Vana-Kasaritsa_(Kasaritsa)_vallavalitsus, lk 45
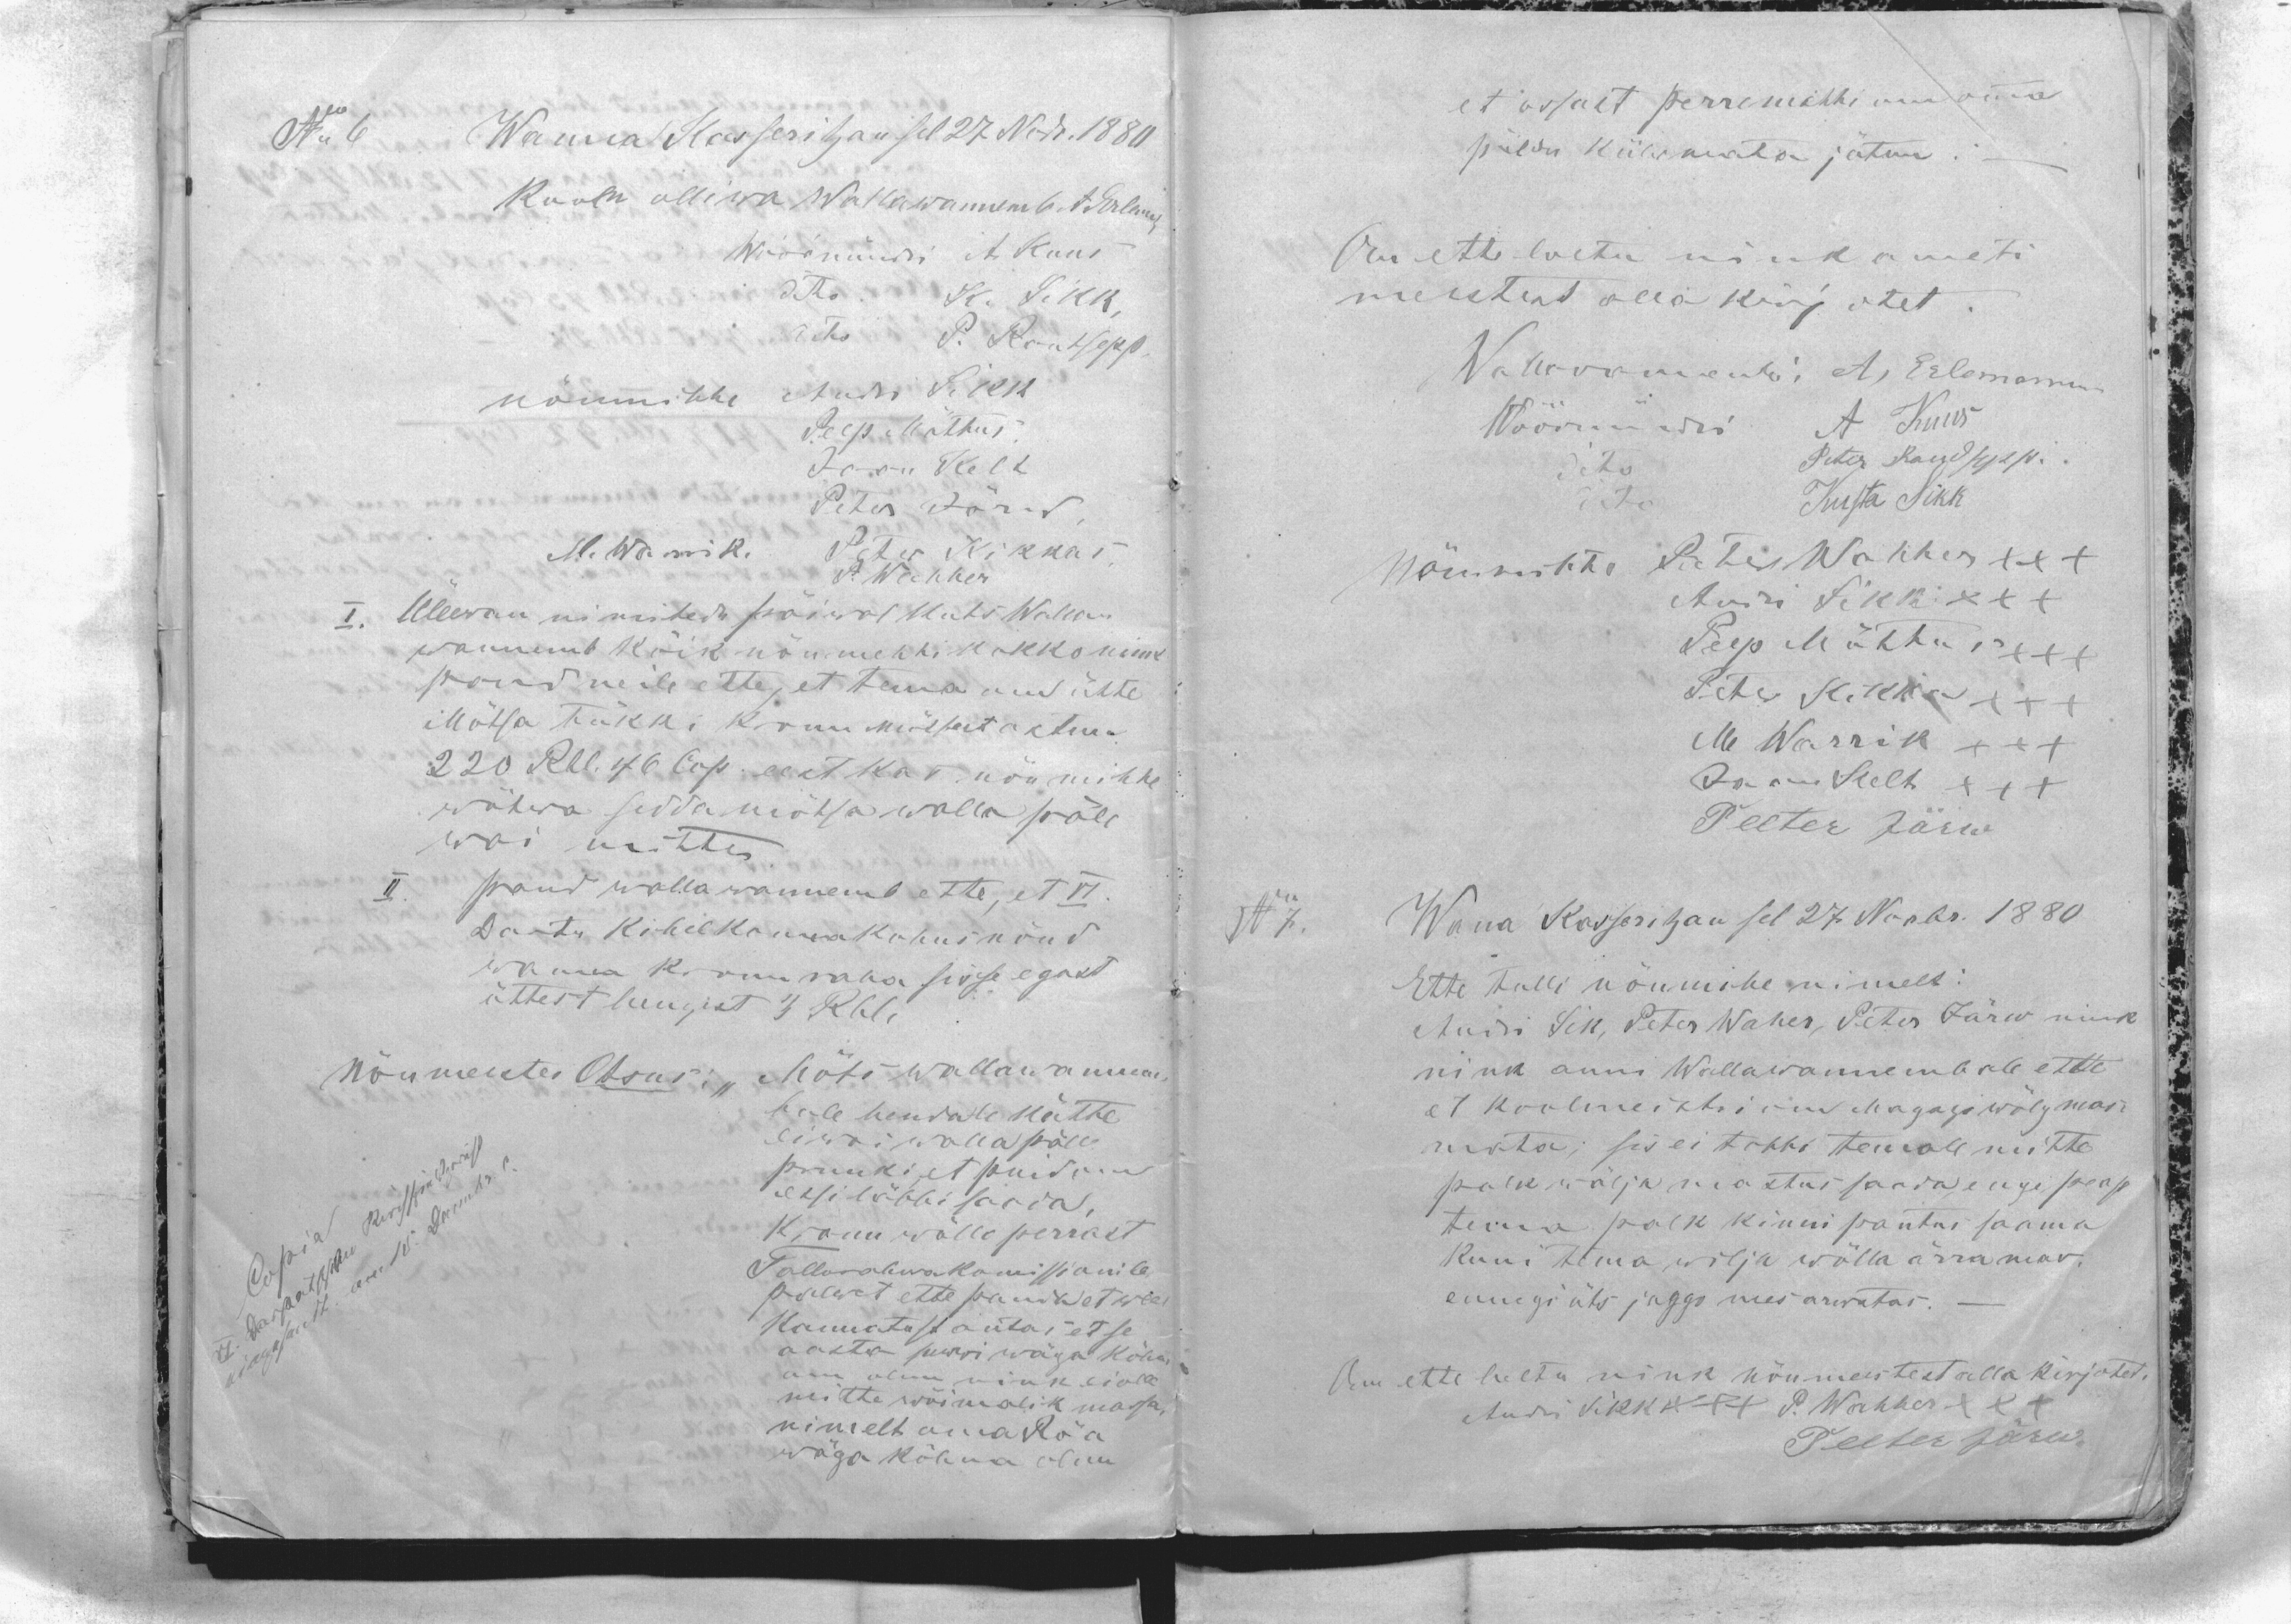
No 6
Wanna Kasseritzan sel 27 Nobr. 1880
Kooln olliwa Wallawannemb. A. Erleman
Wöörmündri A Kuus
dito K. Sikk.
dito P. Rautsepp.
nõumihhe Andi Sikk
Peep Mõttus
Jaan Kelt
Peter Järw
M. Warrik
Peter Kikkas.
P. Wahher
I. Üllewan nimitedu päiwal kuts Walla-
wannemb kõik nõumehhi kokko nink
pand neile ette, et tema om ütte
Mõtsa tükki kronu mõtsast ostnu
220 Rbl. 46 Cop. eest kas nõu mihhe
wõtwa sedda mõtsa walla päle
wai mitte.
II. pand wallawannemb ette, et VI
Dartu Kihelkonnakohus nõud
wanna Kronu raha sisse egast
üttest hengest 3 Rbl.
Nõumeeste Otsus: ,, Mõts wallawanem
bale hendale kätte
ei woi walla pälle
pruuki, et puid om
essi läbbi saada,
Kronu wõllo perrast
Tallorahwa komissionile
palwet ette panda et weel
kannatust antas et se
aasta suwwi wäga kõhn
om olnu nink ei olle
mitte wõimalik massa
nimelt oma Röa
wäga kõhna olnu

et ossalt perremehhi om omma
põldu külwamata jätnu.
Om ette loetu nink ameti
meestest alla kirjotet.
Wallawannemb: A, Erlemann
Wöörmündri A Kuus
dito Peter Raudsepp.
dito Kusta Sikk.
Nõumihhe Peter Wahher XXX
Andri Sikk XXX
Peep Mõttus XXX
Peter Sikk XXX
M Warrik XXX
Jaan Kelt XXX
Peeter Järw
No 7.
Wana Kasseritzan sel 27. Novbr. 1880
Ette tulli nõumihe nimelt:
Andi Sik, Peter Waher, Peter Järw nink
nink anni Wallawannembale ette
et koolmeistri om Magasi wõlg mas-
mata; sis ei tohhi temale mitte
palk wälja mastus saada enge peap
tema palk kinni pantus saama
kuni tema wilja wõlla ärra mas.
ennegi üts jaggo mes arwatas. -
Om ette loetu nink nõumeestest alla kirjotet.
Andri Sikk XXX  P. Wahher XXX
Peeter Järw.